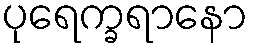
ပုရေက္ခရာနော